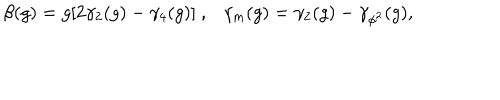
\beta ( g ) = g [ 2 \gamma _ { 2 } ( g ) - \gamma _ { 4 } ( g ) ] \ , \gamma _ { m } ( g ) = \gamma _ { 2 } ( g ) - \gamma _ { \phi ^ { 2 } } ( g ) ,